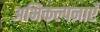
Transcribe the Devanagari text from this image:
अभिकल्पनाएँ